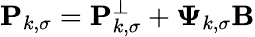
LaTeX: \mathbf{P}_{k,\sigma}=\mathbf{P}_{k,\sigma}^{\perp}+\boldsymbol{\Psi}_{k,\sigma}\boldsymbol{\textbf{B}}